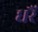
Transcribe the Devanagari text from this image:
धरैं